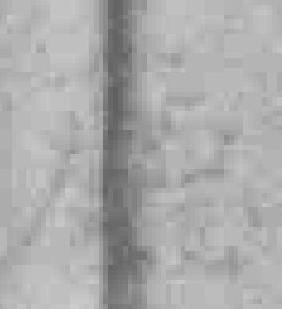
廳